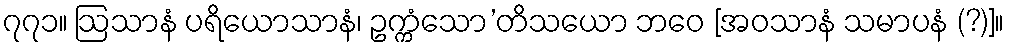
၇၇၁။ ဩသာနံ ပရိယောသာနံ၊ ဥက္ကံသော’တိသယော ဘဝေ [အဝသာနံ သမာပနံ (?)]။